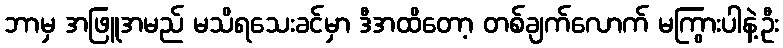
ဘာမှ အဖြူအမည် မသိရသေးခင်မှာ ဒီအထိတော့ တစ်ချက်လောက် မကြွားပါနဲ့ဦး